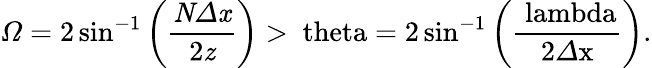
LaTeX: \mathit{\Omega}=\mathrm{{}2\sin^{-1}\left(\frac{\mathit{N\Delta x}}{2\mathit{z}}\right)>\ theta=\mathrm{{}2\sin^{-1}\left(\frac{\ lambda}{2\mathit{\Delta}x}\right).}}